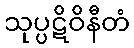
သုပ္ပဋိဝိနီတံ